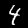
Digit: 4